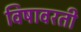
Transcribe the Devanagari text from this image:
विषावरती